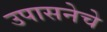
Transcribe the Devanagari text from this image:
उपासनेचे